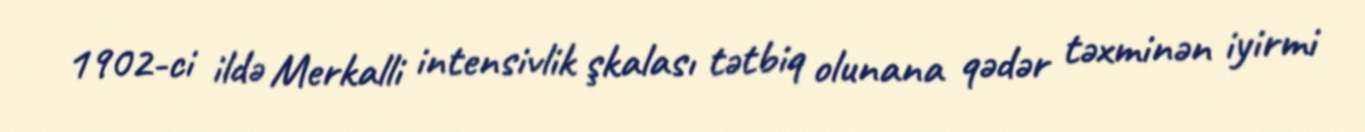
1902-ci ildə Merkalli intensivlik şkalası tətbiq olunana qədər təxminən iyirmi